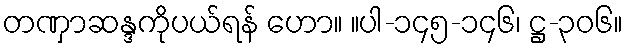
တဏှာဆန္ဒကိုပယ်ရန် ဟော။ ။ပါ-၁၄၅-၁၄၆၊ ဋ္ဌ-၃၀၆။